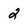
Character: 2